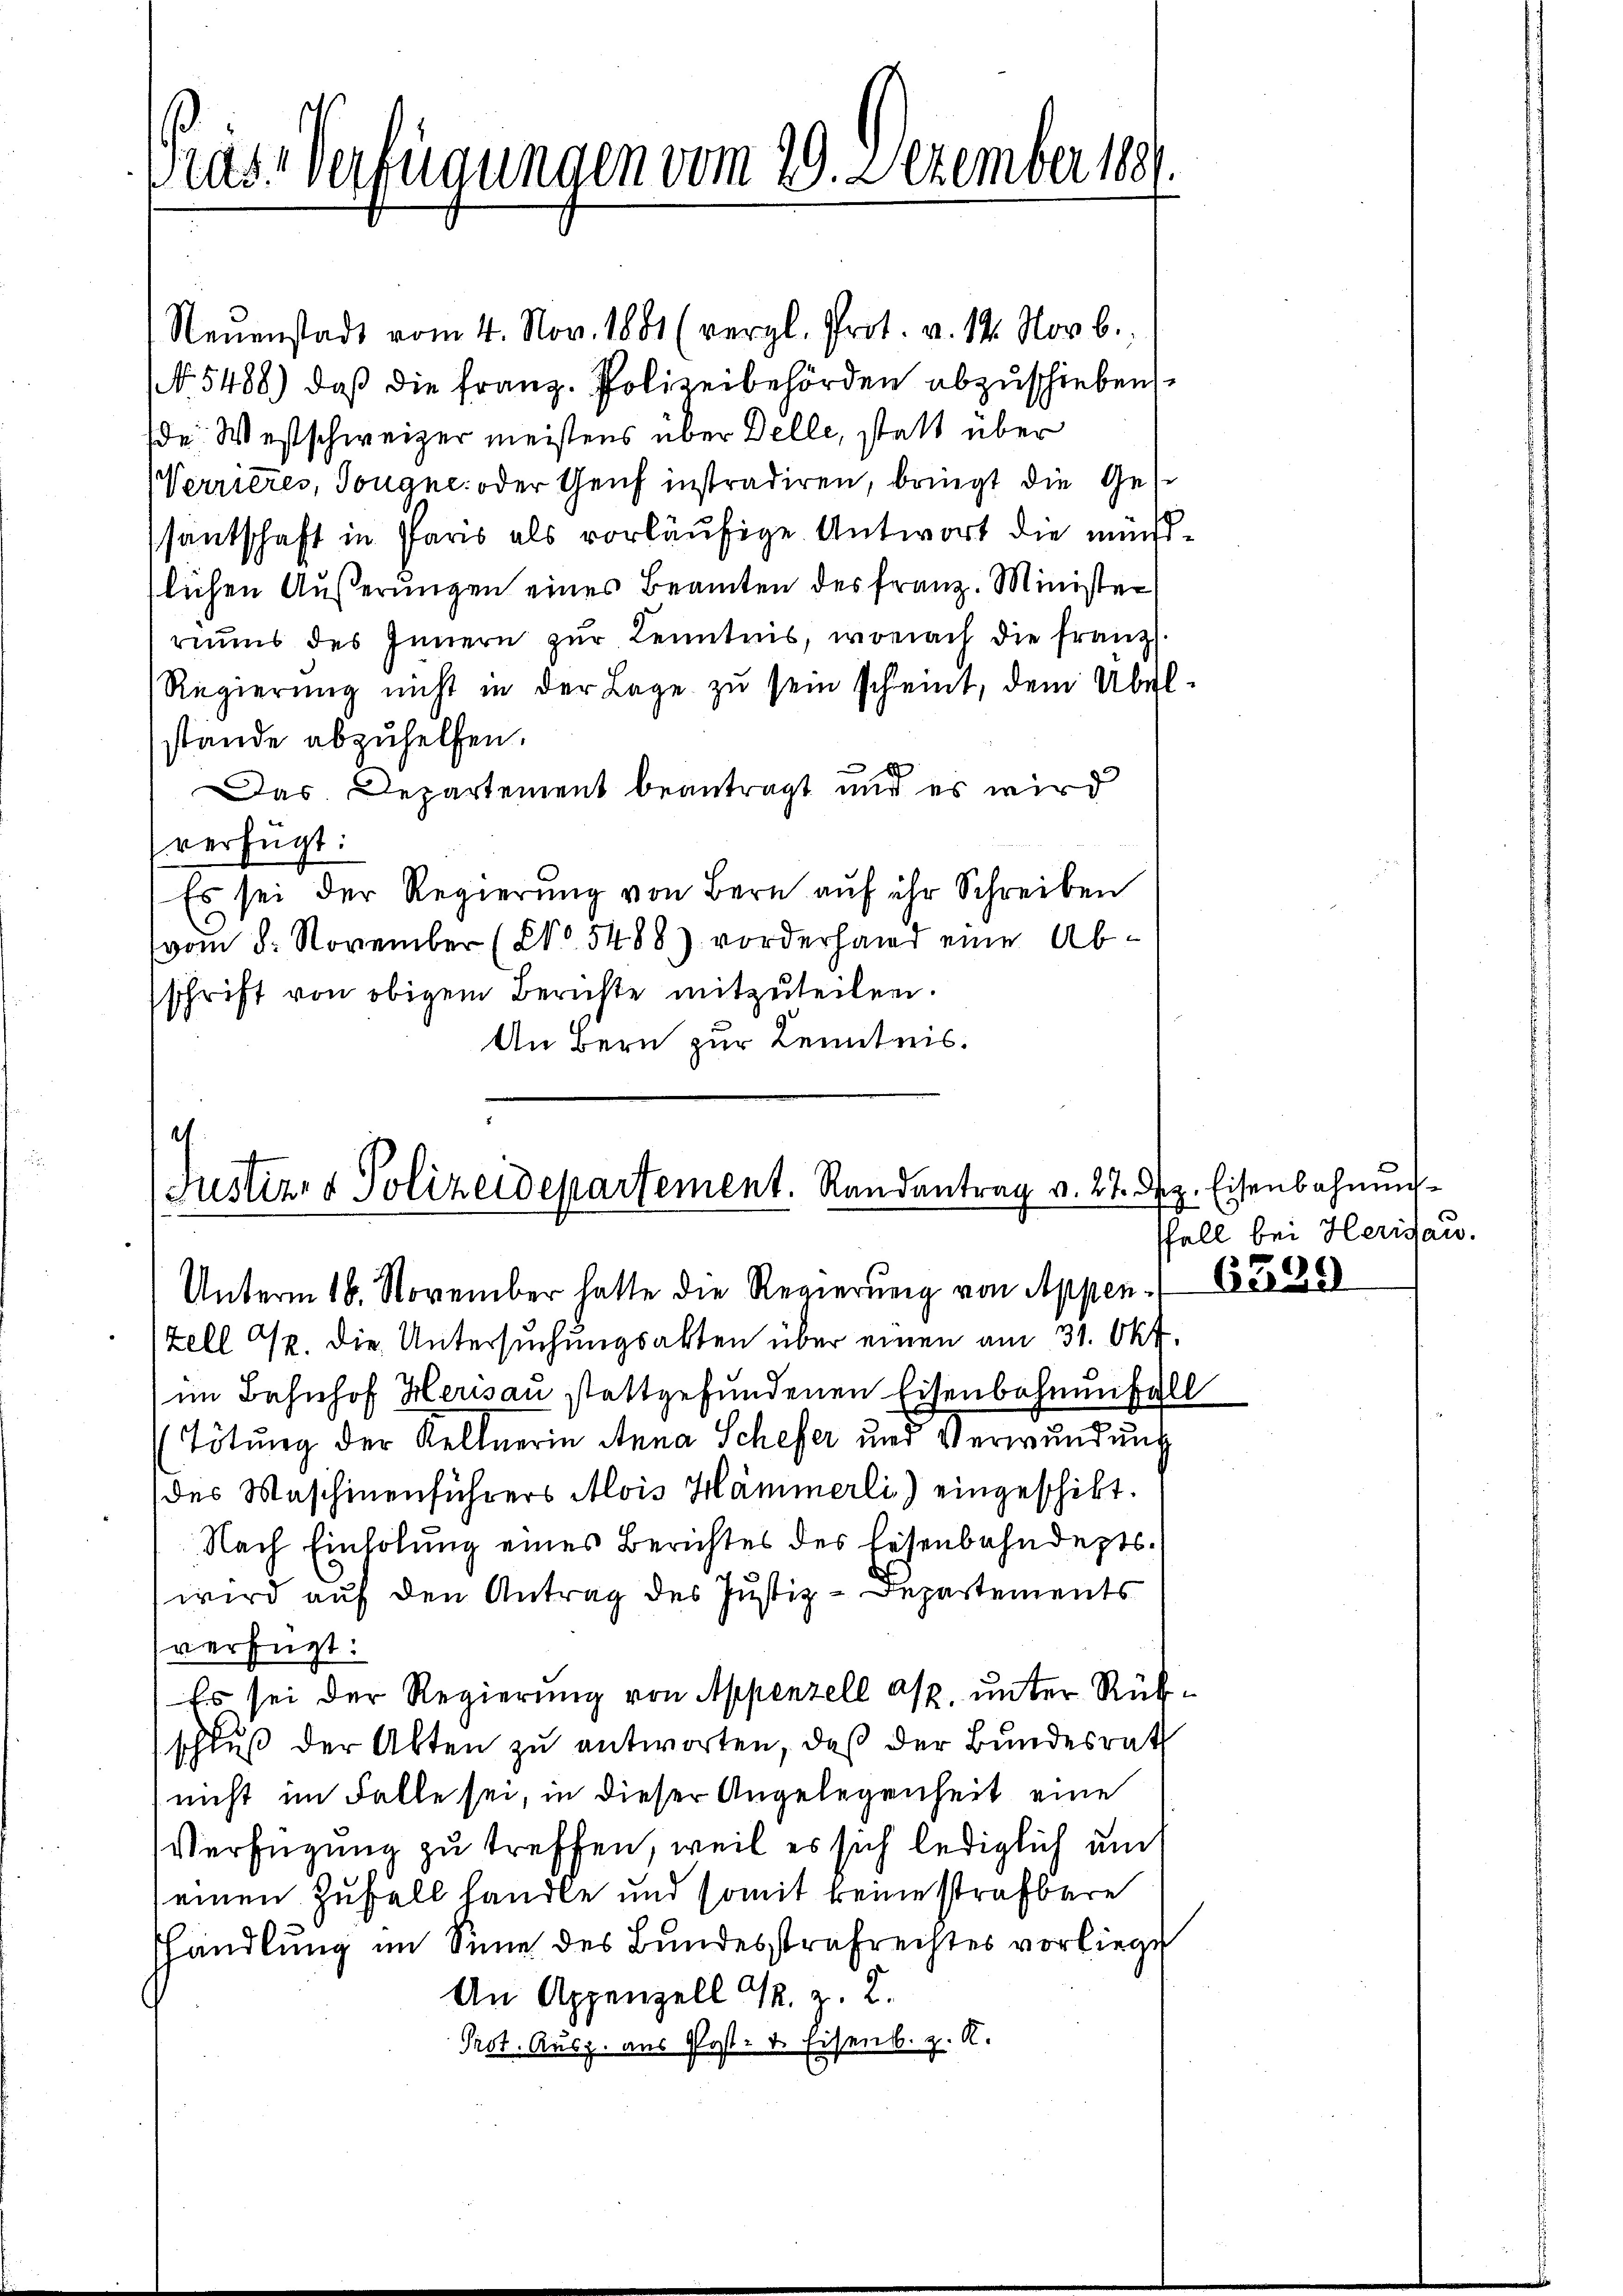
Prus. Verzugungen vom 29. Dezember 1881.

Neŭenstadt vom 4. Nov. 1881 (vergl. Prot. v. 14. Novb.
N 5488) daß die Franz. Polizeibehörden abzuschieben
de: Westschweizer meistens über Delle, statt über
Verrieres, Tougne oder Genf instradiren, bringt die Ges
santschaft in Paris als vorläufige Antwort die mündslichen Äußerungen eines Beamten des franz. Minister
riums des Innern zŭr Kenntnis, wonach die franz.
Regierung nicht in der Lage zu sein scheint, dem Übel-
stände abzuhelfen.
Das Departement beantragt und es wird
verfügt:
Es sei der Regierung von Bern auf ihr Schreiben
(vom 8. November (No 5488) vorderhand eine Abschrift von obigem Berichte mitzuteilen.
An Bern zur Kenntnis.

Justiz- & Polizeidepartement. Randantrag v. 27. Bz. Eisenbahnung
Unterm 16. November hatte die Regierung von Appen-

Zell M. die Untersuchungsakten über einen am 31. Okt
im Bahnhof Herisau stattgefundenen Eisenbahnenfall
(Tötung der Kellnerin Anna Schefer und Verwundung
des Maschinenführers Alois Hämmerli) eingeschikt.
Nach Einholung eines Berichtes des Eisenbahndeptswird auf den Antrag des Justiz-Departements
verfügt:
Es sei der Regierung von Appenzell asp. unter Rück¬
(schluß der Akten zu antworten, daß der Bundesrath
nicht im Falle sei, in dieser Angelegenheit eine
Verfügung zu treffen, weil es sich lediglich auch
einen Zufall handle und somit keine strafbare
shandlung im Sinne des Bundesstrafrechtes vorliege
An Appenzell S. z. L.
Prot. Ausz. aus Post- & Eisenb. z. R.

ffall bei Herisau.

6339